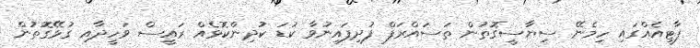
ޕާޓީއެއްގައި ހިމެނޭ ސިޔާސީގޮތުން ތަސައްރަފް ފުދިފައިނުވާ ކުޑަ ކުދިންކޮޅެއް ރައީސް ވަހީދާއި ގުޅޭގޮތުން